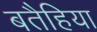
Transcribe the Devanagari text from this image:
बतैहिया